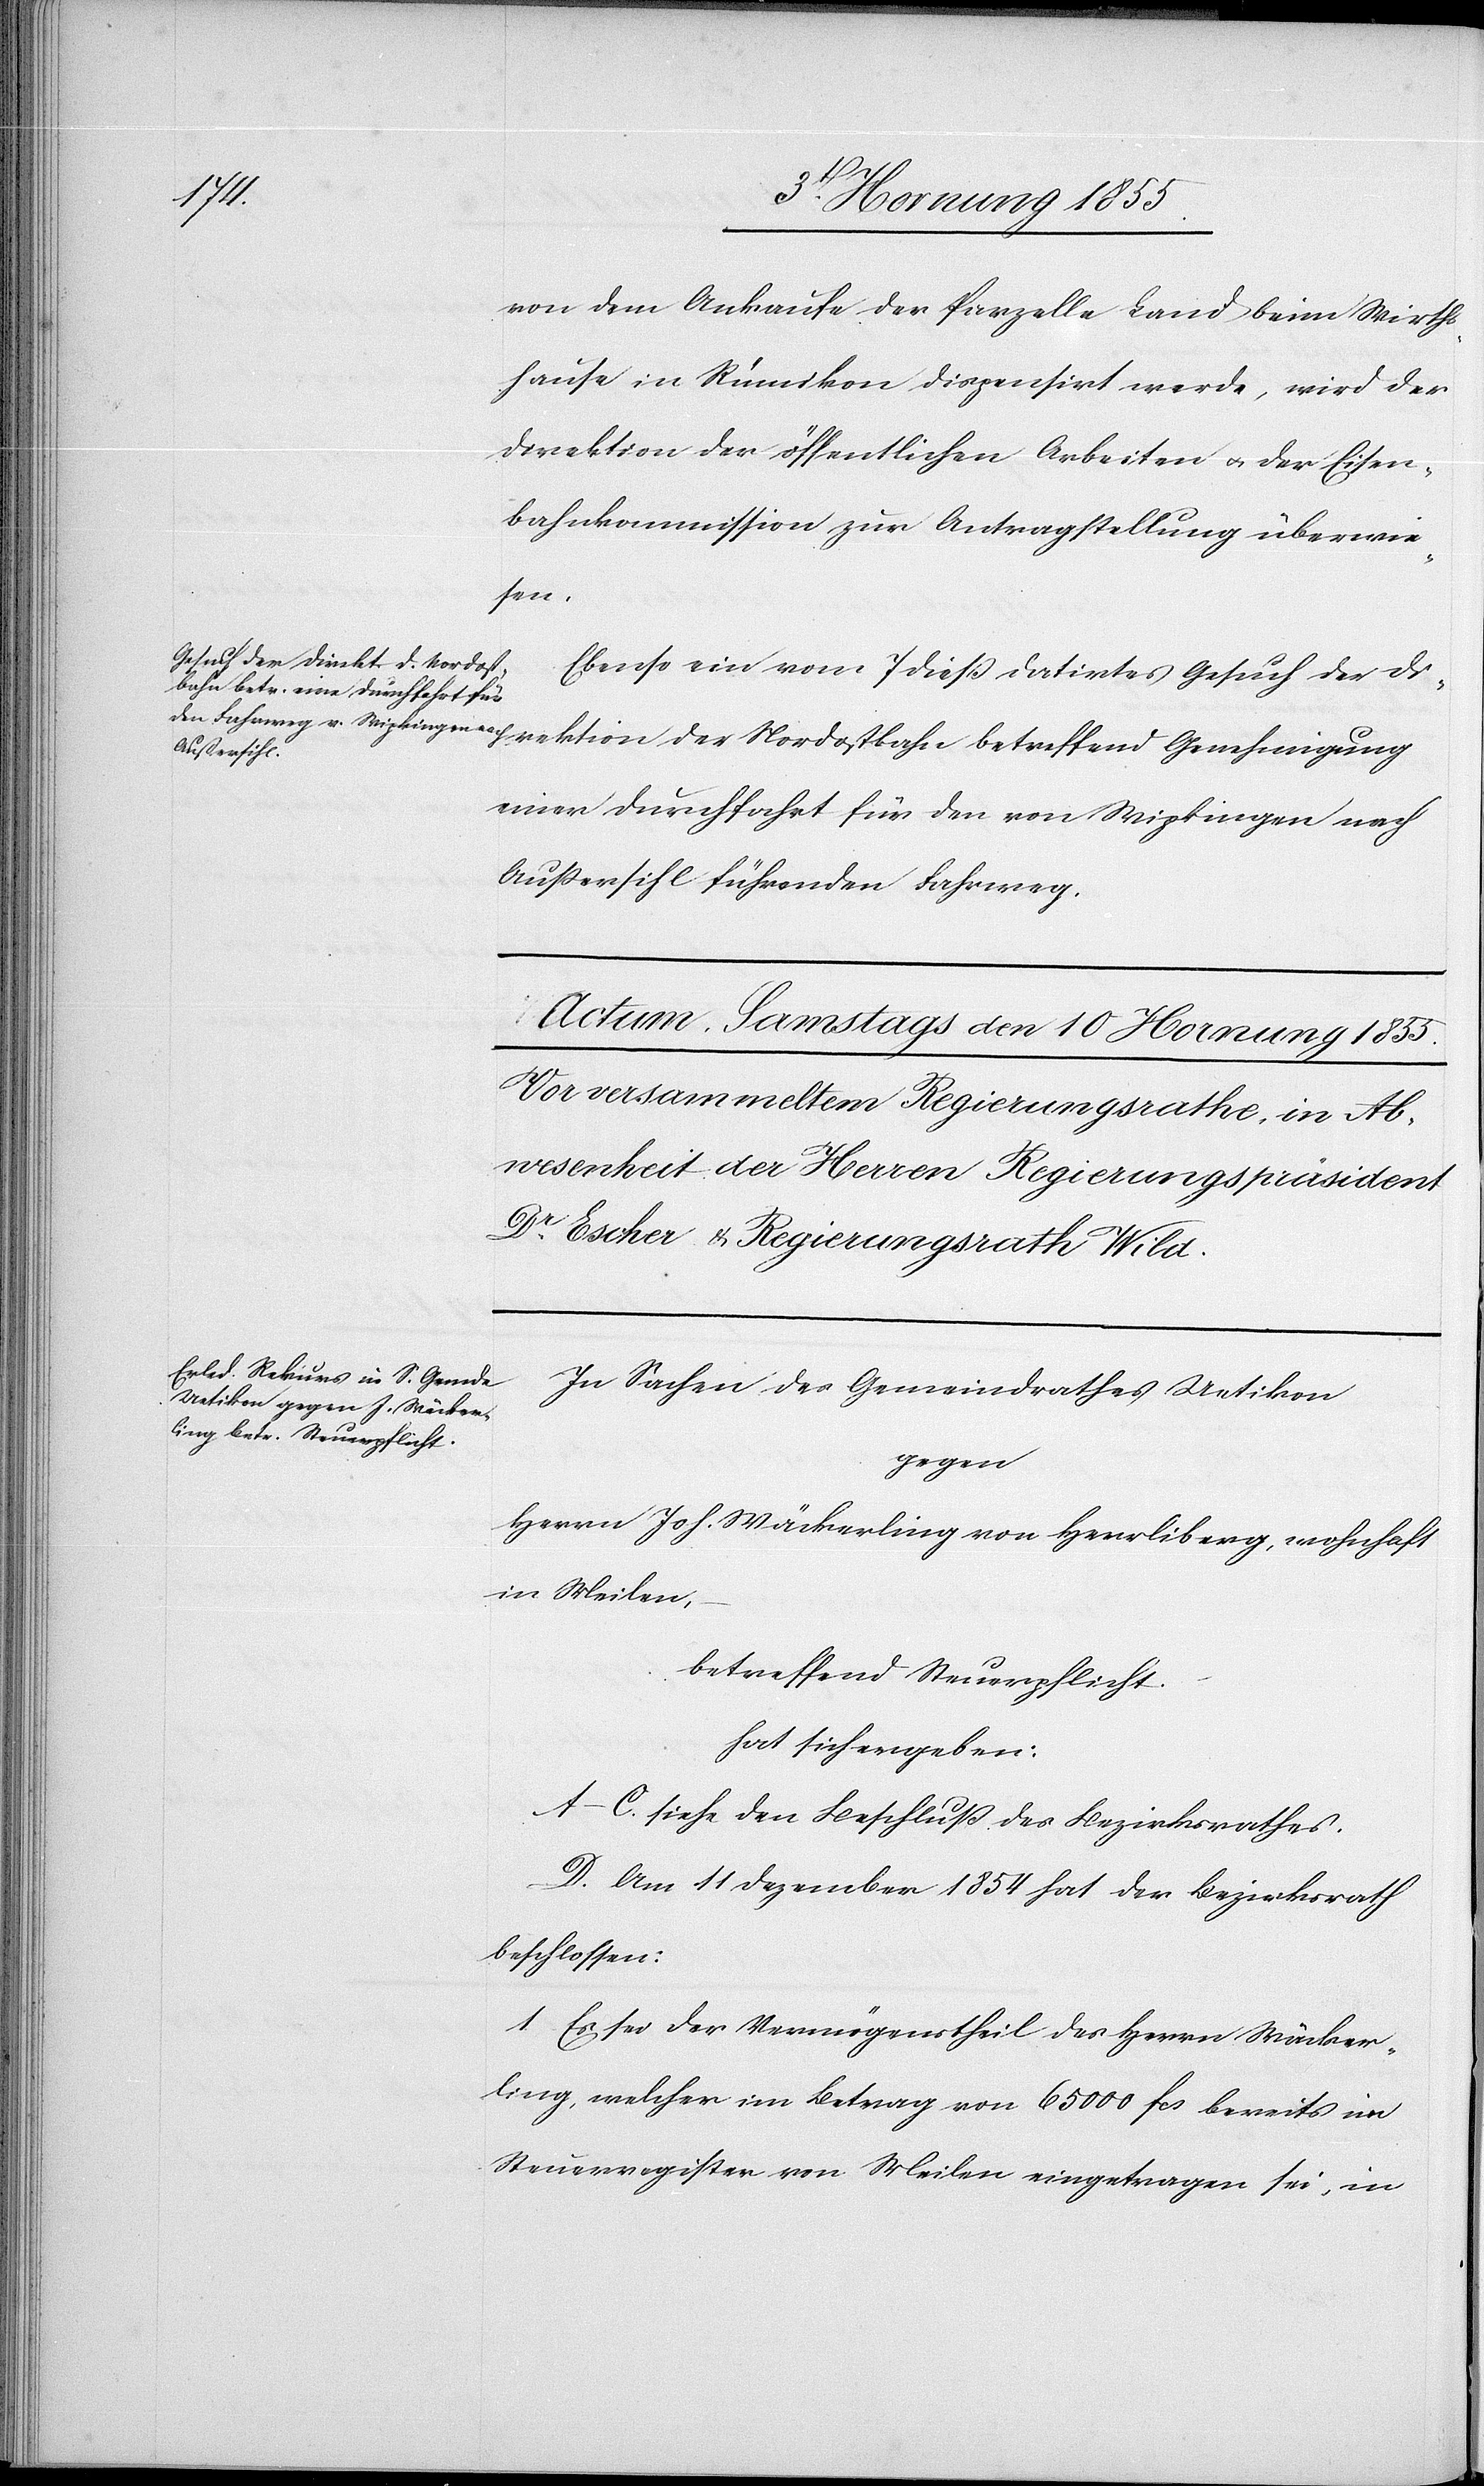
der
8 Hornung 1855.]
von dem Ankaufe der Parzelle Land beim Wirths¬
hause in Rümikon dispensirt werde, wird der
Direktion der öffentlichen Arbeiten & der Eisen¬
bahnkommission zur Antragstellung überwie¬
sen.
Ebenso ein vom 7 dieß datirtes Gesuch der Di¬
einer Durchfahrt für den von Wipkingen nach
Außersihl führenden Fahrweg.
In Sachen des Gemeindrathes Uetikon
gegen
Herrn Joh. Wäckerling von Herrliberg, wohnhaft
in Meilen,
betreffend Steuerpflicht.
hat sich ergeben:
A–C. siehe den Beschluß des Bezirksrathes.
D. Am 11 Dezember 1854 hat der Bezirksrath
beschlossen:
1 Es sei der Vermögenstheil des Herrn Wäcker¬
ling, welcher im Betrag von 65 000 Fcs bereits im
Steuerregister von Meilen eingetragen sei, in